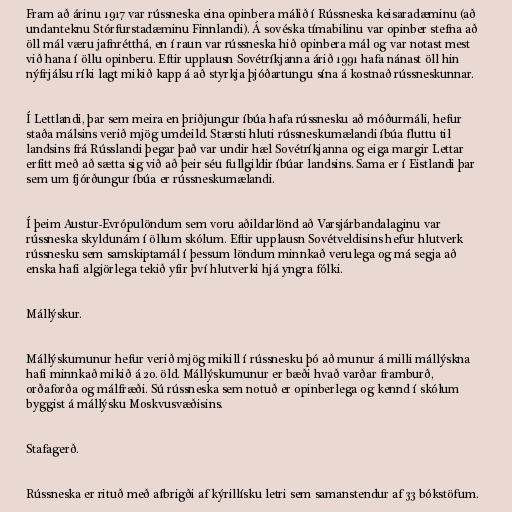
Fram að árinu 1917 var rússneska eina opinbera málið í Rússneska keisaradæminu (að
undanteknu Stórfurstadæminu Finnlandi). Á sovéska tímabilinu var opinber stefna að
öll mál væru jafnrétthá, en í raun var rússneska hið opinbera mál og var notast mest
við hana í öllu opinberu. Eftir upplausn Sovétríkjanna árið 1991 hafa nánast öll hin
nýfrjálsu ríki lagt mikið kapp á að styrkja þjóðartungu sína á kostnað rússneskunnar.

Í Lettlandi, þar sem meira en þriðjungur íbúa hafa rússnesku að móðurmáli, hefur
staða málsins verið mjög umdeild. Stærsti hluti rússneskumælandi íbúa fluttu til
landsins frá Rússlandi þegar það var undir hæl Sovétríkjanna og eiga margir Lettar
erfitt með að sætta sig við að þeir séu fullgildir íbúar landsins. Sama er í Eistlandi þar
sem um fjórðungur íbúa er rússneskumælandi.

Í þeim Austur-Evrópulöndum sem voru aðildarlönd að Varsjárbandalaginu var
rússneska skyldunám í öllum skólum. Eftir upplausn Sovétveldisins hefur hlutverk
rússnesku sem samskiptamál í þessum löndum minnkað verulega og má segja að
enska hafi algjörlega tekið yfir því hlutverki hjá yngra fólki.

Mállýskur.

Mállýskumunur hefur verið mjög mikill í rússnesku þó að munur á milli mállýskna
hafi minnkað mikið á 20. öld. Mállýskumunur er bæði hvað varðar framburð,
orðaforða og málfræði. Sú rússneska sem notuð er opinberlega og kennd í skólum
byggist á mállýsku Moskvusvæðisins.

Stafagerð.

Rússneska er rituð með afbrigði af kýrillísku letri sem samanstendur af 33 bókstöfum.